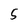
Character: 5